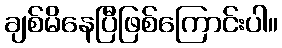
ချစ်မိနေပြီဖြစ်ကြောင်းပါ။